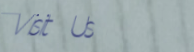
Visit Us